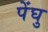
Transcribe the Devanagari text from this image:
पेंघु